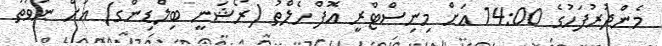
މެންދުރުފަހުގެ 14:00 އަށް މިނިސްޓްރީ އޮފް ހެލްތު (ރޯޝަނީ ބިލްޑިންގ) އަށް ނުވަތަ